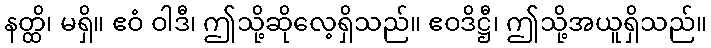
နတ္ထိ၊ မရှိ။ ဧဝံ ဝါဒီ၊ ဤသို့ဆိုလေ့ရှိသည်။ ဧဝဒိဋ္ဌီ၊ ဤသို့အယူရှိသည်။